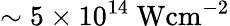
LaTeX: \sim 5\times 10^{14}~\mathrm{Wcm}^{-2}